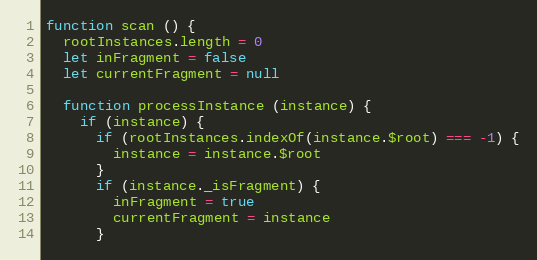
Language: JavaScript
function scan () {
  rootInstances.length = 0
  let inFragment = false
  let currentFragment = null

  function processInstance (instance) {
    if (instance) {
      if (rootInstances.indexOf(instance.$root) === -1) {
        instance = instance.$root
      }
      if (instance._isFragment) {
        inFragment = true
        currentFragment = instance
      }